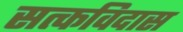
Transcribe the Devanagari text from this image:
सत्कविदास